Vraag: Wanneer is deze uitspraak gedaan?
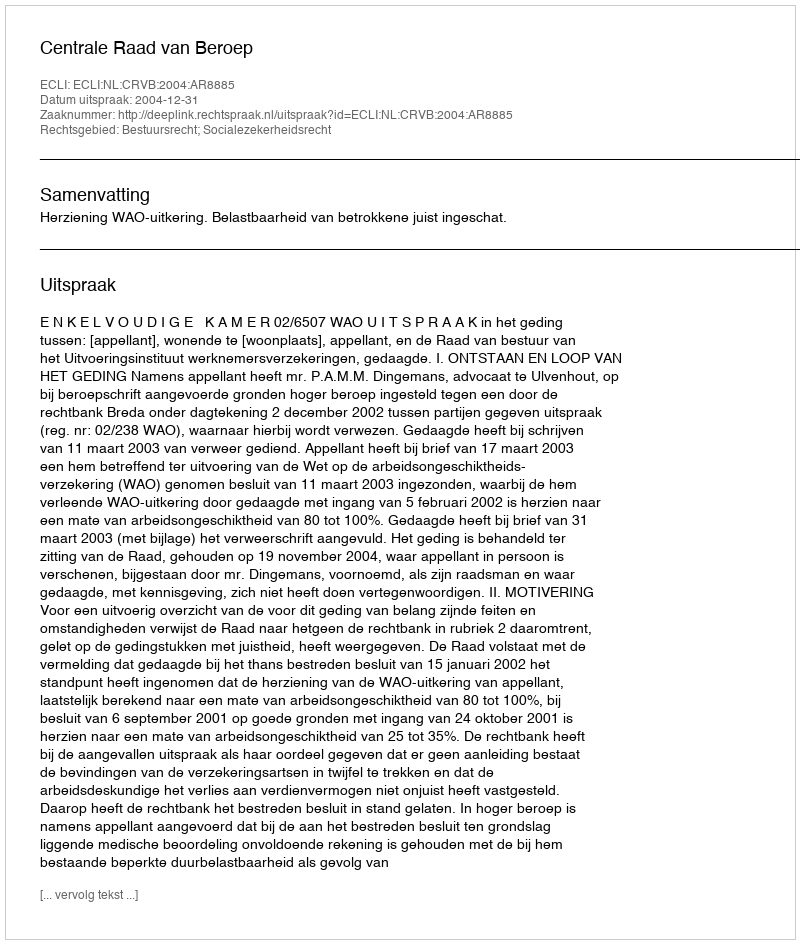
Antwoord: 2004-12-31